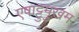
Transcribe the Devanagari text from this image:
एषाट्टुमुखम